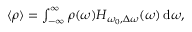
\begin{array} { r } { \langle \rho \rangle = \int _ { - \infty } ^ { \infty } \rho ( \omega ) H _ { \omega _ { 0 } , \Delta \omega } ( \omega ) \, \mathrm { d } \omega , } \end{array}